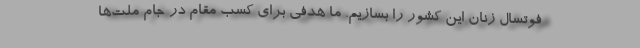
فوتسال زنان این کشور را بسازیم. ما هدفی برای کسب مقام در جام ملت‌ها